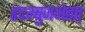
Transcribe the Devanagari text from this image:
हृदभ्बुजभेतत्